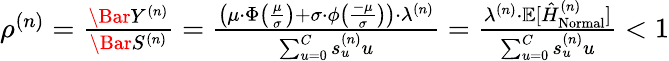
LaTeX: \begin{array}{r}{\rho^{(n)}=\frac{\Bar{Y}^{(n)}}{\Bar{S}^{(n)}}=\frac{\left(\mu\cdot\Phi\left(\frac{\mu}{\sigma}\right)+\sigma\cdot\phi\left(\frac{-\mu}{\sigma}\right)\right)\cdot\lambda^{(n)}}{\sum_{u=0}^{C}s_{u}^{(n)}u}=\frac{\lambda^{(n)}\cdot\mathbb{E}[\hat{H}_{\mathrm{Normal}}^{(n)}]}{\sum_{u=0}^{C}s_{u}^{(n)}u}<1}\end{array}